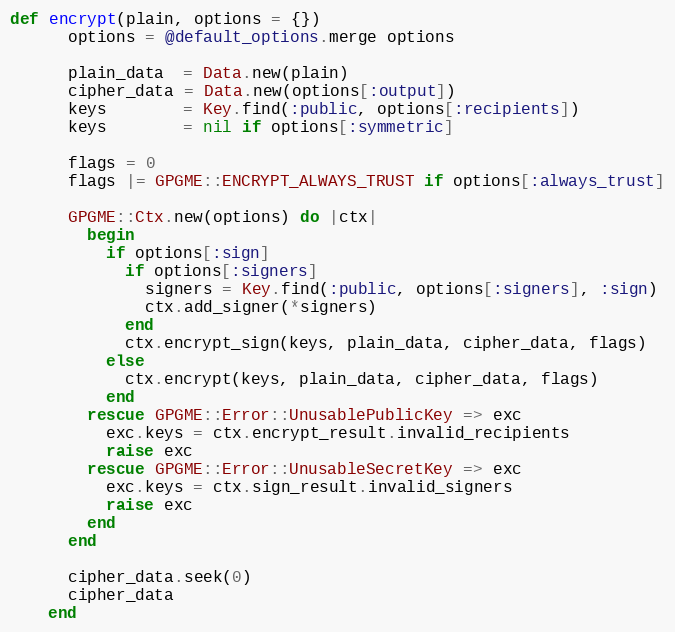
Language: Ruby
def encrypt(plain, options = {})
      options = @default_options.merge options

      plain_data  = Data.new(plain)
      cipher_data = Data.new(options[:output])
      keys        = Key.find(:public, options[:recipients])
      keys        = nil if options[:symmetric]

      flags = 0
      flags |= GPGME::ENCRYPT_ALWAYS_TRUST if options[:always_trust]

      GPGME::Ctx.new(options) do |ctx|
        begin
          if options[:sign]
            if options[:signers]
              signers = Key.find(:public, options[:signers], :sign)
              ctx.add_signer(*signers)
            end
            ctx.encrypt_sign(keys, plain_data, cipher_data, flags)
          else
            ctx.encrypt(keys, plain_data, cipher_data, flags)
          end
        rescue GPGME::Error::UnusablePublicKey => exc
          exc.keys = ctx.encrypt_result.invalid_recipients
          raise exc
        rescue GPGME::Error::UnusableSecretKey => exc
          exc.keys = ctx.sign_result.invalid_signers
          raise exc
        end
      end

      cipher_data.seek(0)
      cipher_data
    end